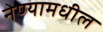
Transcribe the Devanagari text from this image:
नेण्यामधील